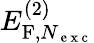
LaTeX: E_{\mathrm{F},N_{\mathrm{~e~x~c~}}}^{(2)}